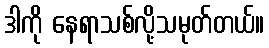
ဒါကို နေရာသစ်လို့သမုတ်တယ်။